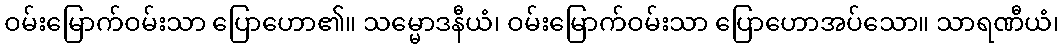
ဝမ်းမြောက်ဝမ်းသာ ပြောဟော၏။ သမ္မောဒနီယံ၊ ဝမ်းမြောက်ဝမ်းသာ ပြောဟောအပ်သော။ သာရဏီယံ၊